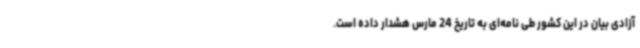
آزادی بیان در این کشور طی نامه‌ای به تاریخ 24 مارس هشدار داده است.